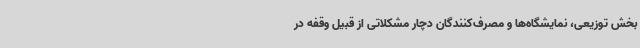
بخش توزیعی، نمایشگاه‌ها و مصرف‌کنندگان دچار مشکلاتی از قبیل وقفه در